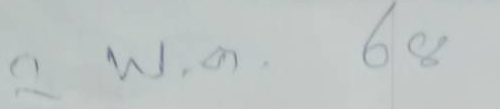
2 พ.ค. 68